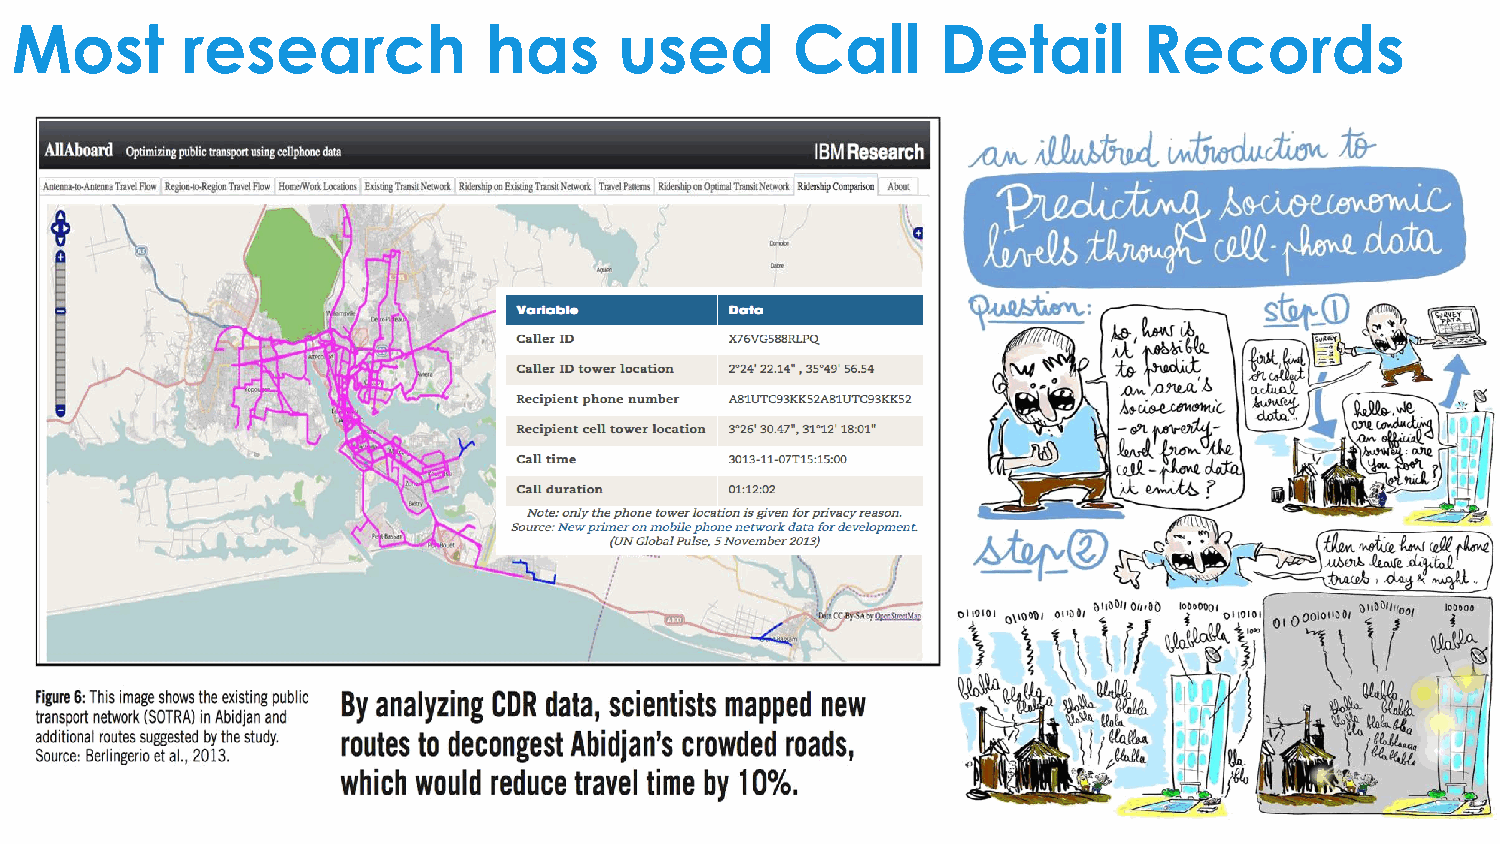
Most       research            has      used       Call      Detail        Records